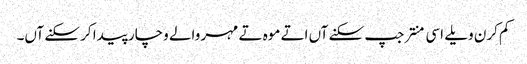
کم کرن ویلے اسی منتر جپ سکنے آں اتے موہ تے مہر والے وچار پیدا کر سکنے آں۔